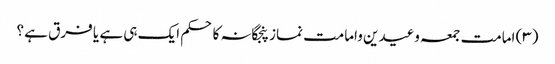
(۳) امامت جمعہ وعیدین وامامت نماز پنجگانہ کا حکم ایک ہی ہے یا فرق ہے ؟